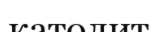
католит